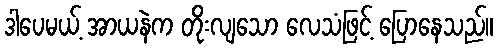
ဒါပေမယ့် အာယနဲက တိုးလျသော လေသံဖြင့် ပြောနေသည်။